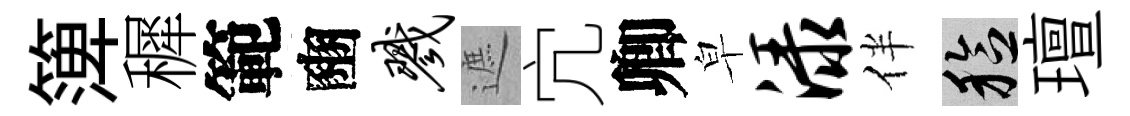
𥱼穉範豳戮遮宂卿皁渌伴稔璮